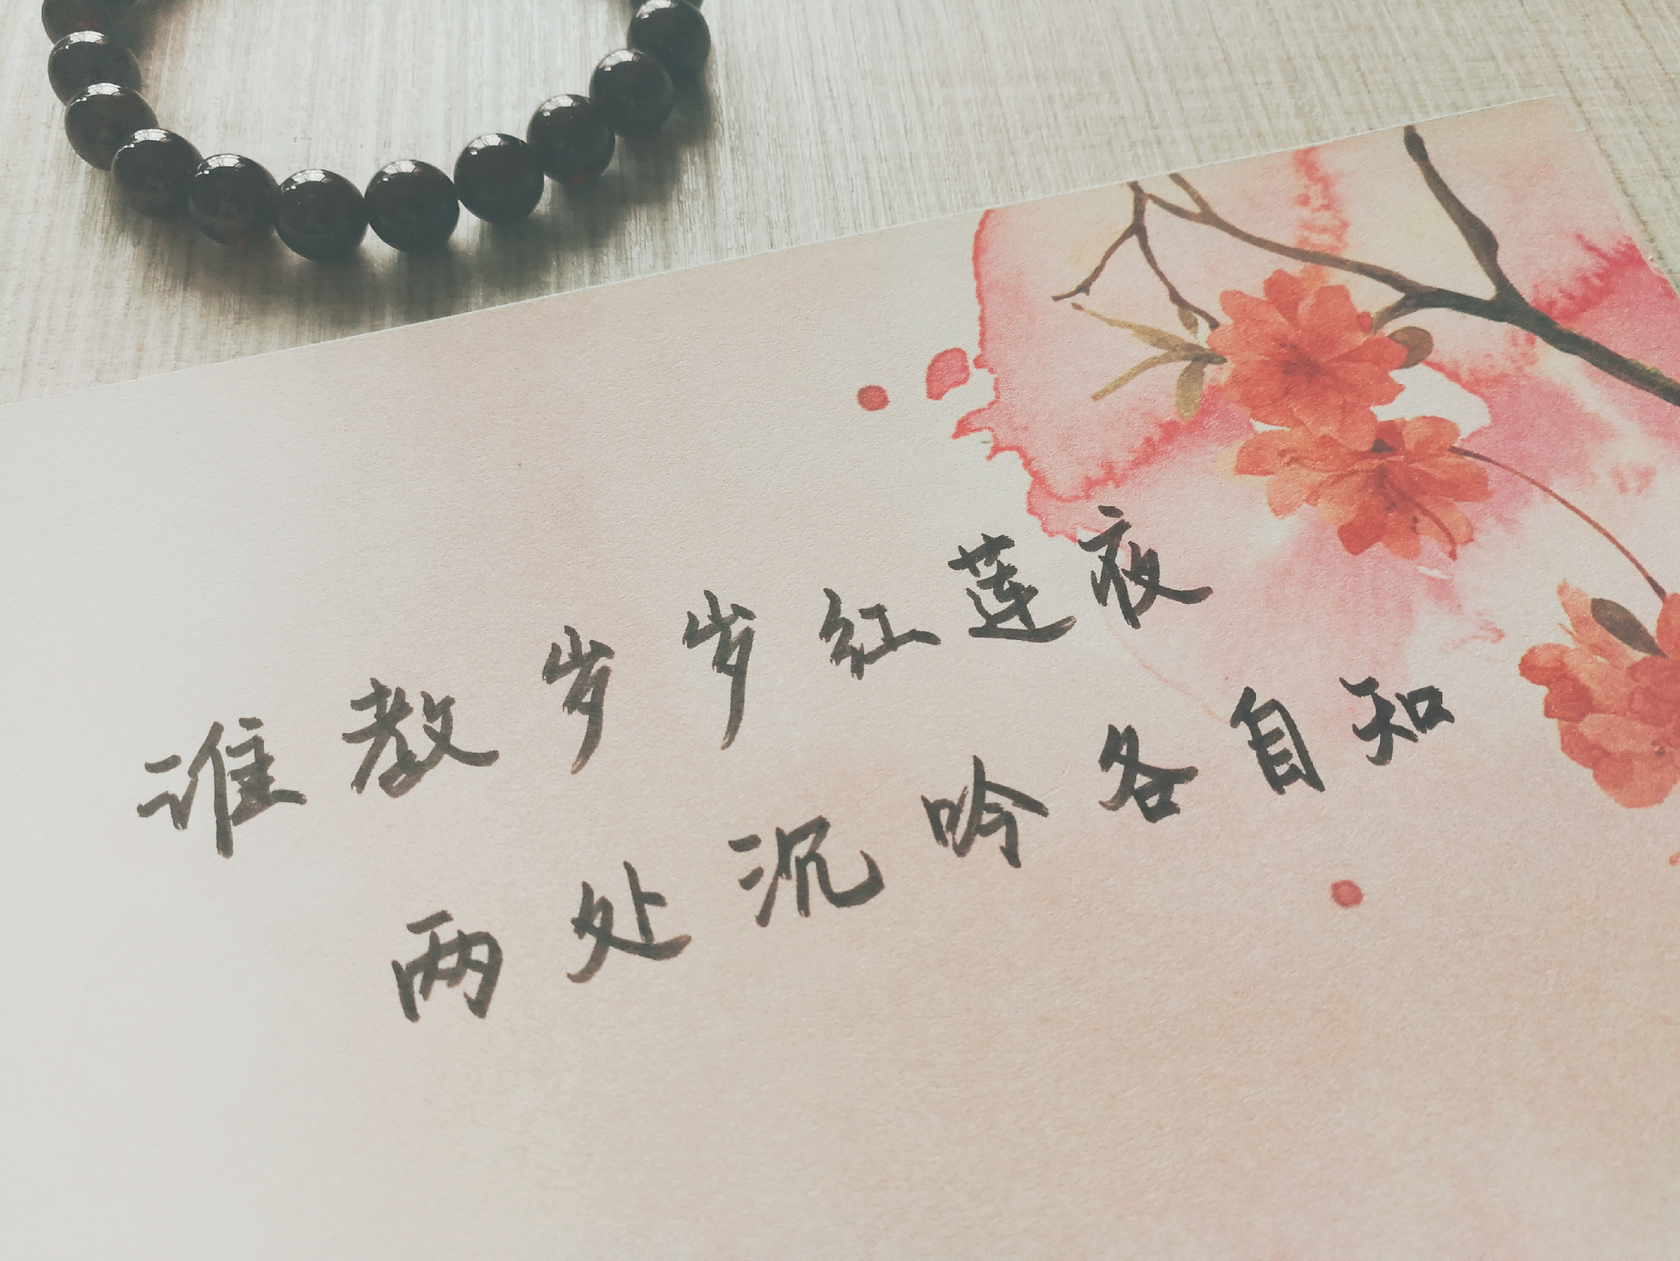
谁教岁岁红莲夜，两处沉吟各自知。